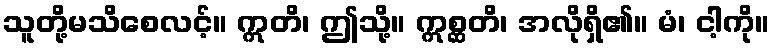
သူတို့မသိစေလင့်။ ဣတိ၊ ဤသို့။ ဣစ္ဆတိ၊ အလိုရှိ၏။ မံ၊ ငါ့ကို။